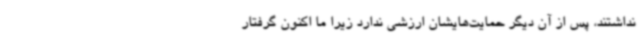
نداشتند، پس از آن دیگر حمایت‌هایشان ارزشی ندارد زیرا ما اکنون گرفتار